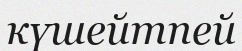
күшейтпей